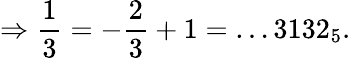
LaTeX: \Rightarrow{\frac{1}{3}}=-{\frac{2}{3}}+1=\dots 3132_{5}.